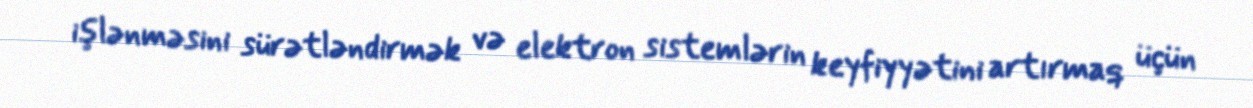
işlənməsini sürətləndirmək və elektron sistemlərin keyfiyyətini artırmaq üçün